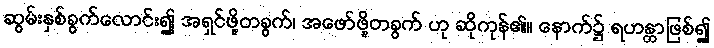
ဆွမ်းနှစ်ခွက်လောင်း၍ အရှင်ဖို့တခွက်၊ အဖော်ဖို့တခွက် ဟု ဆိုကုန်၏။ နောက်၌ ရဟန္တာဖြစ်၍